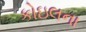
કોઇલના